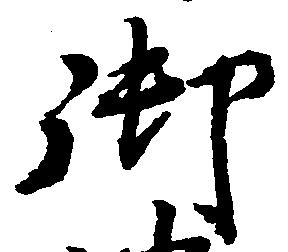
御